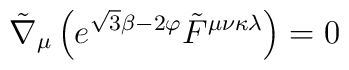
\tilde{\nabla}_{\mu} \left( e^{\sqrt{3} \beta -2\varphi} \tilde{F}^{\mu\nu\kappa\lambda} \right) =0